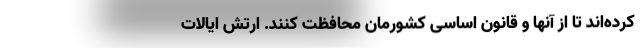
کرده‌اند تا از آنها و قانون اساسی کشورمان محافظت کنند. ارتش ایالات